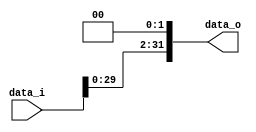
//Subject:      Architecture project 3 - Shift_Left_Two_32
//--------------------------------------------------------------------------------
//Version:     1
//--------------------------------------------------------------------------------
//Writer:      Zhang Linghao
//----------------------------------------------
//----------------------------------------------
//Description: 
//--------------------------------------------------------------------------------

module Shift_Left_Two_32(
    data_i,
    data_o
    );

//I/O ports                    
input [32-1:0] data_i;
output [32-1:0] data_o;

reg [32-1:0] data_o;

//shift left 2
always @(data_i) begin
    data_o = data_i << 2;
end

endmodule